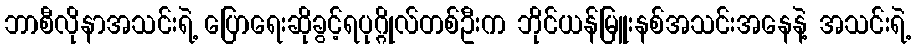
ဘာစီလိုနာအသင်းရဲ့ ပြောရေးဆိုခွင့်ရပုဂ္ဂိုလ်တစ်ဦးက ဘိုင်ယန်မြူးနစ်အသင်းအနေနဲ့ အသင်းရဲ့